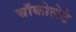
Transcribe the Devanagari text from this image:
चॉकोलेटे